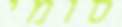
סומי